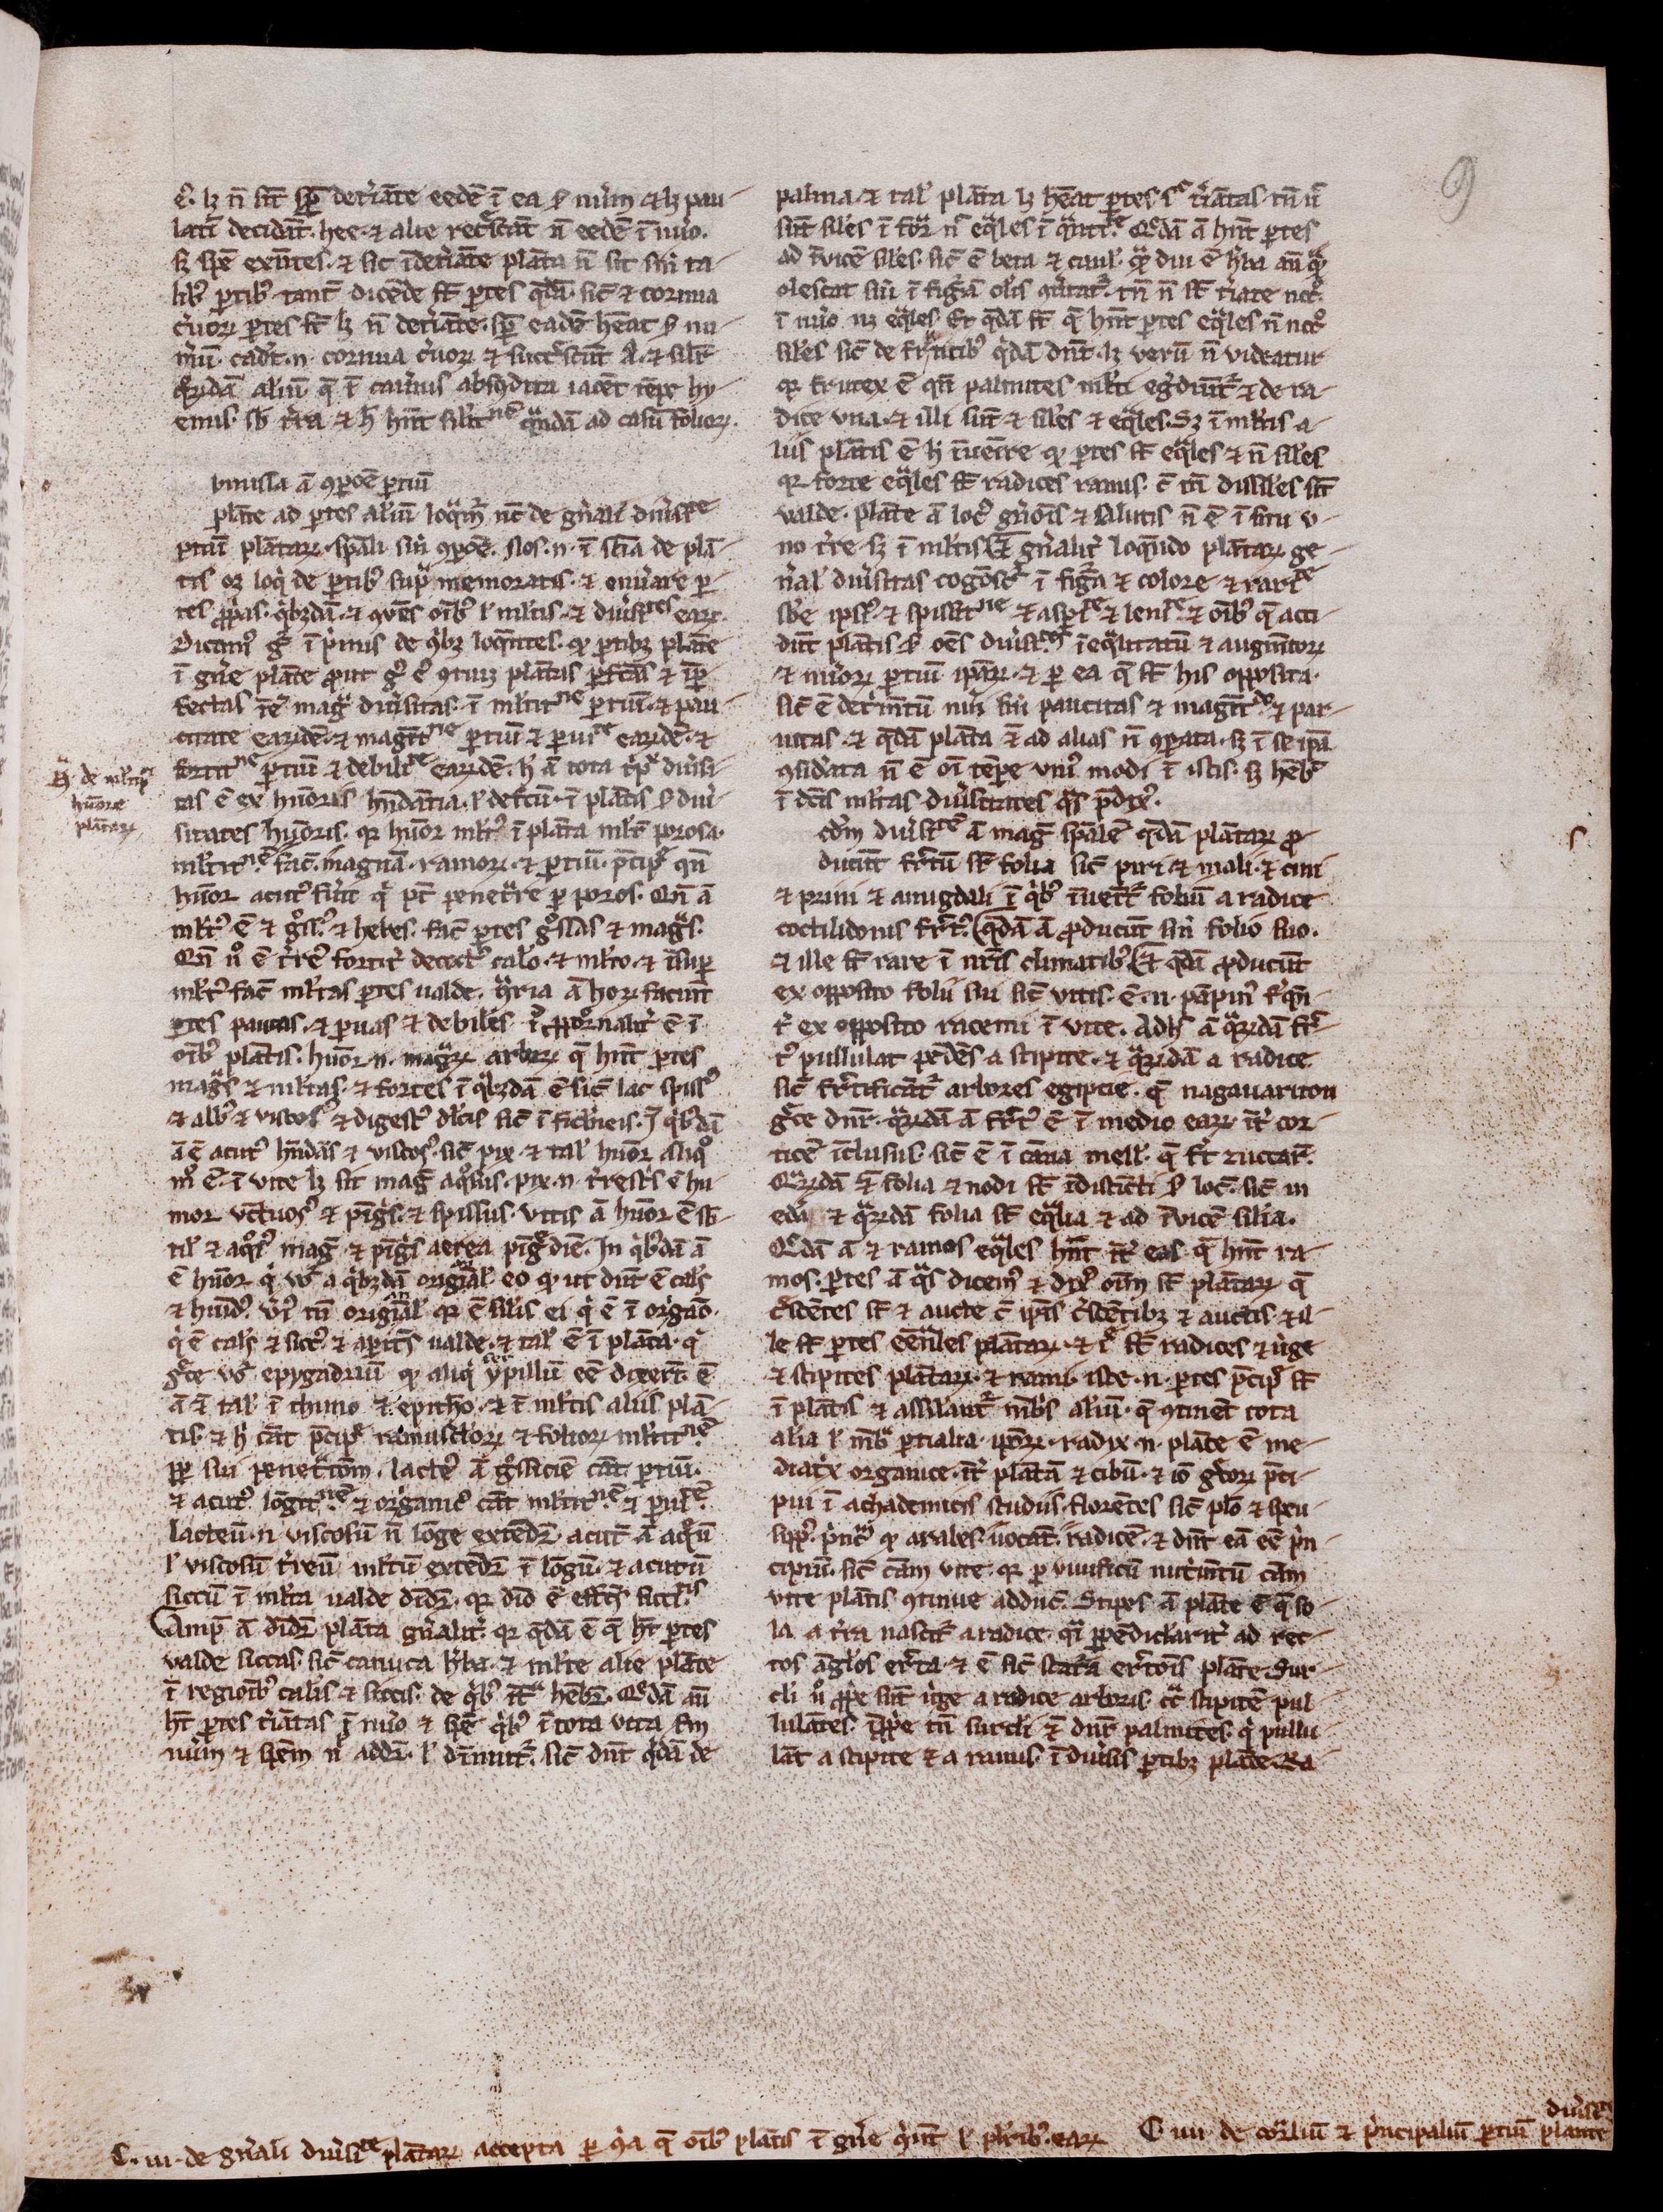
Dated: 1300–1399